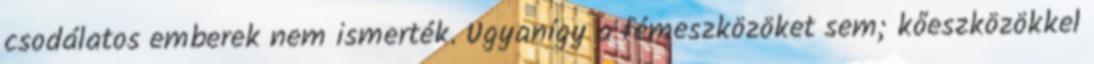
csodálatos emberek nem ismerték. Ugyanígy a fémeszközöket sem; kőeszközökkel